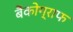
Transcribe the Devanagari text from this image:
बैंकोग्राफ